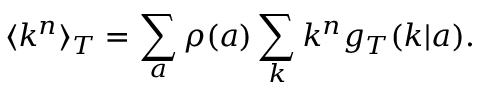
\langle k ^ { n } \rangle _ { T } = \sum _ { a } \rho ( a ) \sum _ { k } k ^ { n } g _ { T } ( k | a ) .